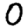
Digit: 0